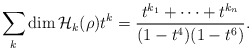
\begin{align*}\sum_k \dim\mathcal{H}_k(\rho)t^k = \frac{t^{k_1}+\cdots+t^{k_n}}{(1-t^4)(1-t^6)}.\end{align*}